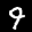
Label: 9